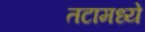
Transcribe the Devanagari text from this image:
तटामध्ये